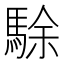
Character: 駼